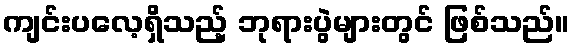
ကျင်းပလေ့ရှိသည့် ဘုရားပွဲများတွင် ဖြစ်သည်။